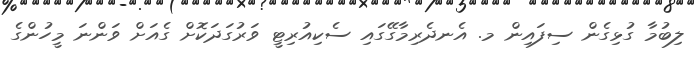
ލިބުމާ ގުޅިގެން ސިފައިން މ. އެނދެރިމާގޭގައި ސެކިއުރިޓީ ވަރުގަދަކޮށް ގެއަށް ވަންނަ މީހުންގެ